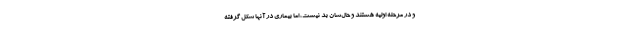
و در مرحله اولیه هستند و حال‌شان بد نیست، اما بیماری در آنها شکل گرفته